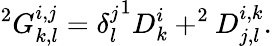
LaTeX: ^{2}G_{k,l}^{i,j}={\delta_{l}^{j}}^{1}D_{k}^{i}+^{2}D_{j,l}^{i,k}.